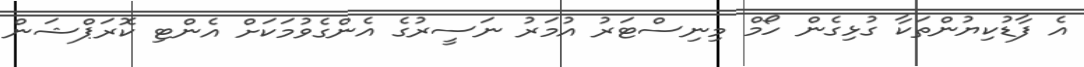
އެ ފާޑުކިޔުންތަކާ ގުޅިގެން ހޯމް މިނިސްޓަރު އުމަރު ނަސީރުގެ އެންގެވުމަކަށް އެންޓި ކޮރަޕްޝަން